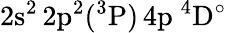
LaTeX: \mathrm{2s^{2}\, 2p^{2}(^{3}P)\, 4p~^{4}D^{\circ}}